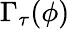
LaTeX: \Gamma_{\tau}(\phi)